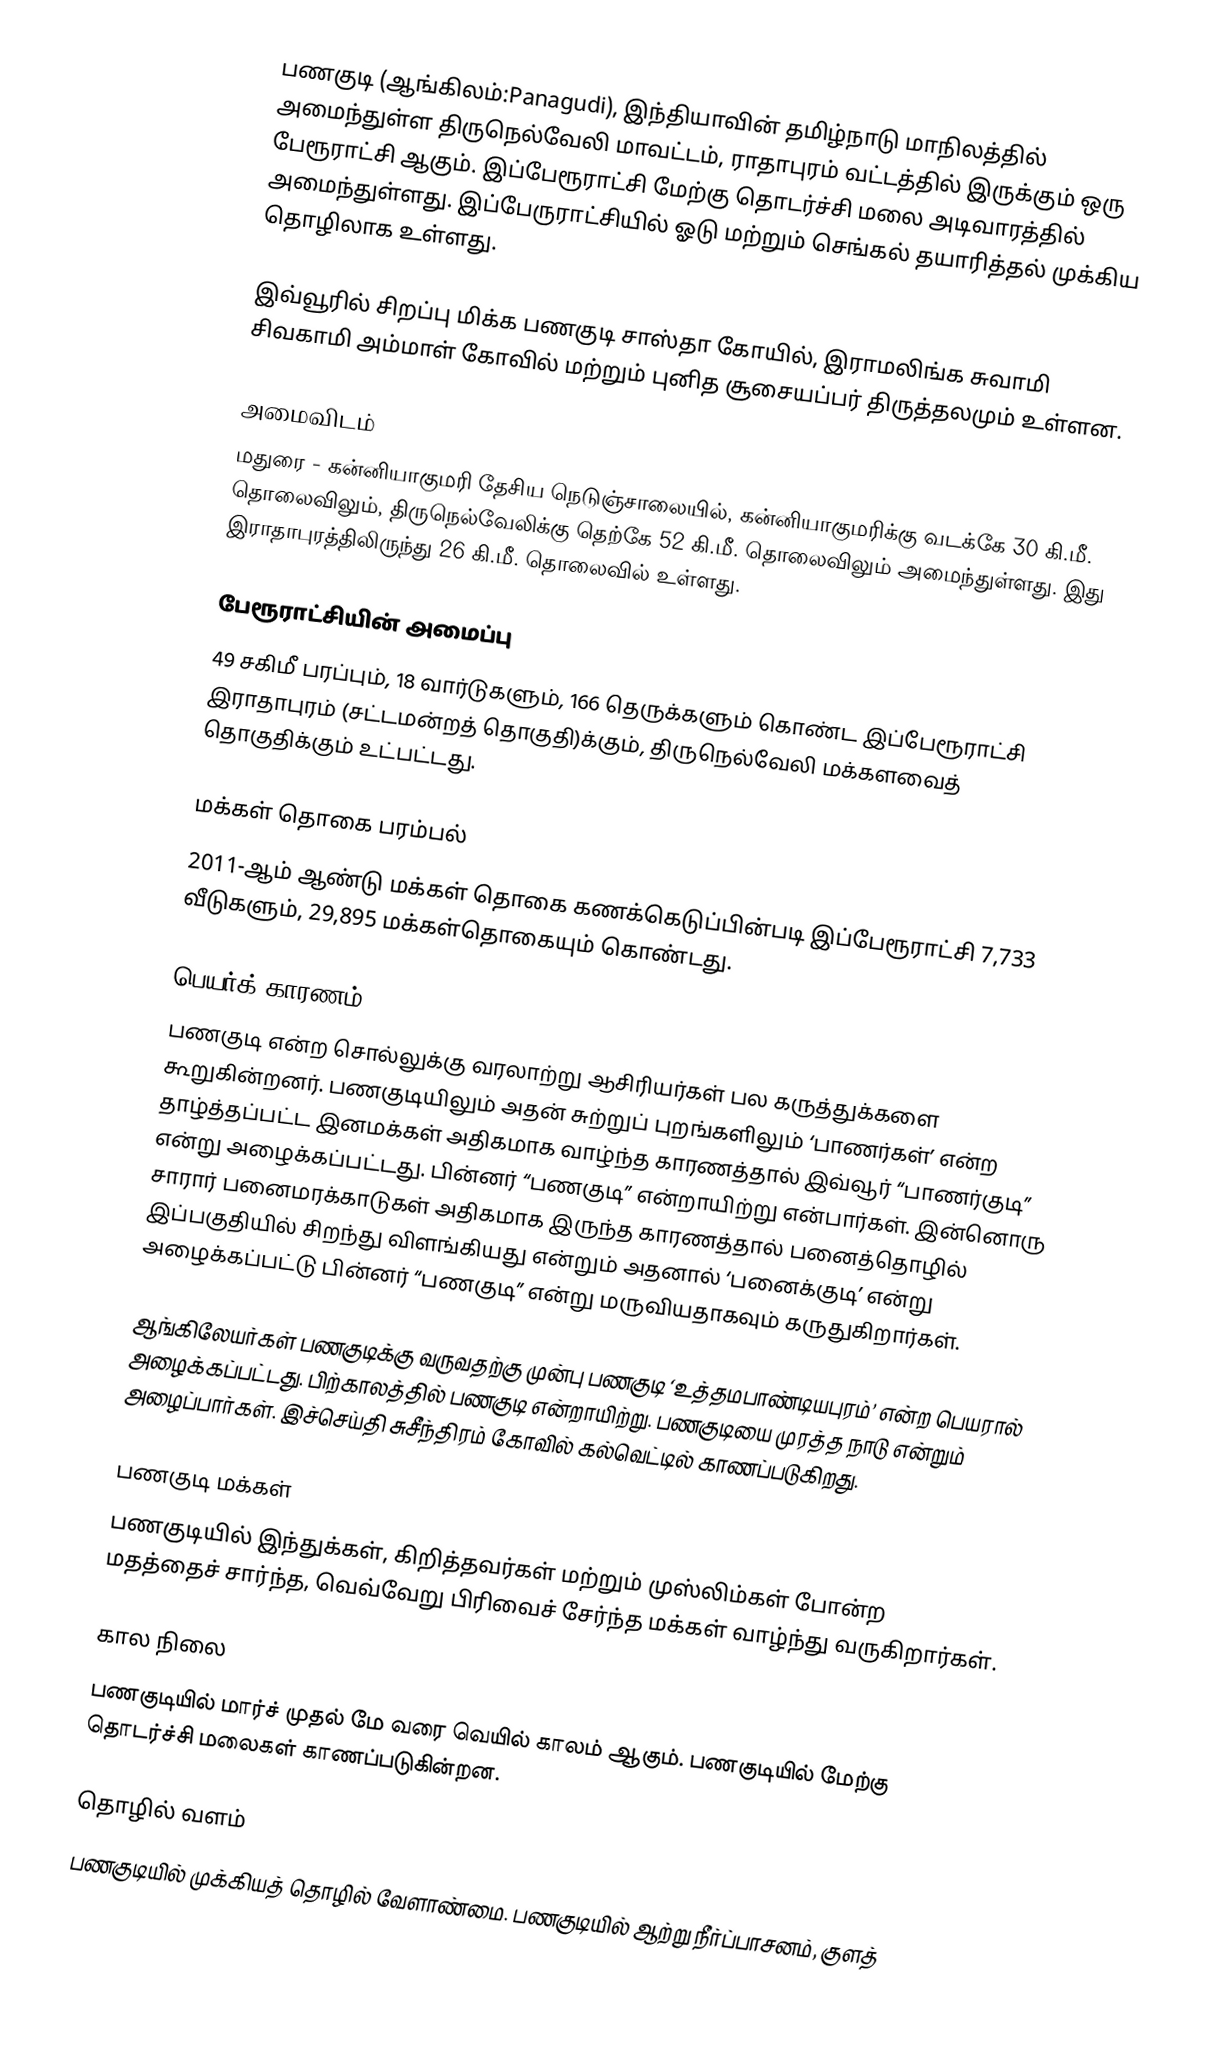
பணகுடி (ஆங்கிலம்:Panagudi), இந்தியாவின் தமிழ்நாடு மாநிலத்தில் அமைந்துள்ள திருநெல்வேலி மாவட்டம், ராதாபுரம் வட்டத்தில் இருக்கும் ஒரு பேரூராட்சி ஆகும். இப்பேரூராட்சி மேற்கு தொடர்ச்சி மலை அடிவாரத்தில் அமைந்துள்ளது. இப்பேருராட்சியில் ஓடு மற்றும் செங்கல் தயாரித்தல் முக்கிய தொழிலாக உள்ளது.

இவ்வூரில் சிறப்பு மிக்க பணகுடி சாஸ்தா கோயில், இராமலிங்க சுவாமி சிவகாமி அம்மாள் கோவில் மற்றும் புனித சூசையப்பர் திருத்தலமும் உள்ளன.

அமைவிடம்
மதுரை - கன்னியாகுமரி  தேசிய நெடுஞ்சாலையில், கன்னியாகுமரிக்கு வடக்கே 30 கி.மீ. தொலைவிலும், திருநெல்வேலிக்கு தெற்கே 52 கி.மீ. தொலைவிலும் அமைந்துள்ளது. இது இராதாபுரத்திலிருந்து 26 கி.மீ. தொலைவில் உள்ளது.

பேரூராட்சியின் அமைப்பு
49 சகிமீ பரப்பும், 18 வார்டுகளும், 166 தெருக்களும் கொண்ட இப்பேரூராட்சி  இராதாபுரம் (சட்டமன்றத் தொகுதி)க்கும், திருநெல்வேலி மக்களவைத் தொகுதிக்கும் உட்பட்டது.

மக்கள் தொகை பரம்பல்
2011-ஆம் ஆண்டு மக்கள் தொகை கணக்கெடுப்பின்படி  இப்பேரூராட்சி 7,733 வீடுகளும், 29,895 மக்கள்தொகையும் கொண்டது.

பெயர்க் காரணம்
பணகுடி என்ற சொல்லுக்கு வரலாற்று ஆசிரியர்கள் பல கருத்துக்களை கூறுகின்றனர். பணகுடியிலும் அதன் சுற்றுப் புறங்களிலும் ‘பாணர்கள்’ என்ற தாழ்த்தப்பட்ட இனமக்கள் அதிகமாக வாழ்ந்த காரணத்தால் இவ்வூர் “பாணர்குடி” என்று அழைக்கப்பட்டது. பின்னர் “பணகுடி” என்றாயிற்று என்பார்கள். இன்னொரு சாரார் பனைமரக்காடுகள் அதிகமாக இருந்த காரணத்தால் பனைத்தொழில் இப்பகுதியில் சிறந்து விளங்கியது என்றும் அதனால் ‘பனைக்குடி’ என்று அழைக்கப்பட்டு பின்னர் “பணகுடி” என்று மருவியதாகவும் கருதுகிறார்கள்.

ஆங்கிலேயர்கள் பணகுடிக்கு வருவதற்கு முன்பு பணகுடி ‘உத்தமபாண்டியபுரம்’ என்ற பெயரால் அழைக்கப்பட்டது. பிற்காலத்தில் பணகுடி என்றாயிற்று. பணகுடியை முரத்த நாடு என்றும் அழைப்பார்கள். இச்செய்தி சுசீந்திரம் கோவில் கல்வெட்டில் காணப்படுகிறது.

பணகுடி மக்கள்
பணகுடியில் இந்துக்கள், கிறித்தவர்கள் மற்றும் முஸ்லிம்கள் போன்ற மதத்தைச் சார்ந்த, வெவ்வேறு பிரிவைச் சேர்ந்த மக்கள் வாழ்ந்து வருகிறார்கள்.

கால நிலை
பணகுடியில் மார்ச் முதல் மே வரை வெயில் காலம் ஆகும். பணகுடியில் மேற்கு தொடர்ச்சி மலைகள் காணப்படுகின்றன.

தொழில் வளம்
பணகுடியில் முக்கியத் தொழில் வேளாண்மை. பணகுடியில் ஆற்று நீர்ப்பாசனம், குளத்